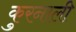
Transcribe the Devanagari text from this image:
कुरनाली